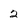
Character: 2